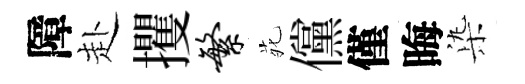
障赴攫繁𫟍儻僅晦𣑱